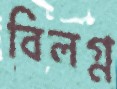
বিলগ্ন